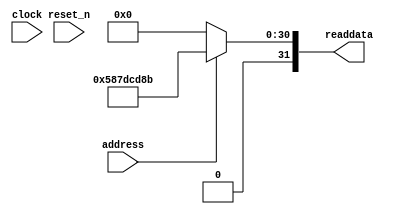
module audio_nios_sysid_qsys (
               // inputs:
                address,
                clock,
                reset_n,

               // outputs:
                readdata
             )
;

  output  [ 31: 0] readdata;
  input            address;
  input            clock;
  input            reset_n;

  wire    [ 31: 0] readdata;
  //control_slave, which is an e_avalon_slave
  assign readdata = address ? 1484639627 : 0;

endmodule